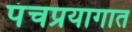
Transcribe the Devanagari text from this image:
पंचप्रयागात